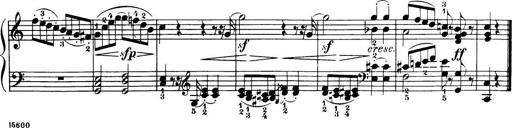
Title: 32 Sonatinas and Rondos for the Piano
Composer: Richard Kleinmichel